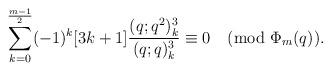
LaTeX: \begin{align*}\sum_{k=0}^{\frac{m-1}{2}}(-1)^k [3k+1]\frac{(q;q^2)_k^3}{(q;q)_k^3}\equiv 0 \pmod{\Phi_m(q)}. \end{align*}